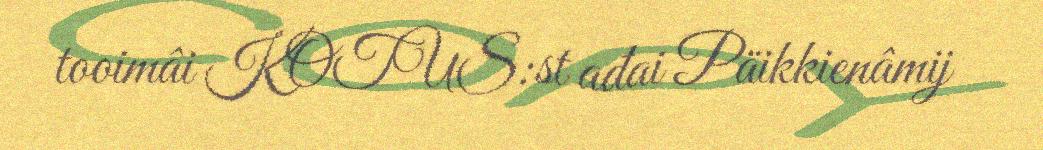
tooimâi KOTUS:st ađai Päikkienâmij